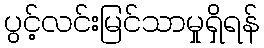
ပွင့်လင်းမြင်သာမှုရှိရန်